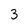
Character: 3